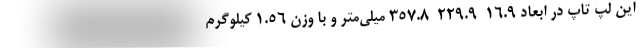
این لپ تاپ در ابعاد 16.9  229.9  357.8 میلی‌متر و با وزن 1.۵6 کیلوگرم